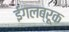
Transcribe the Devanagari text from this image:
ईगलब्रूक